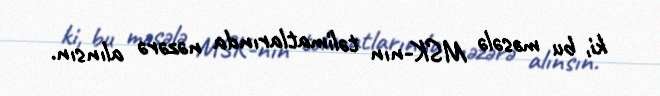
ki, bu məsələ MSK-nın təlimatlarında nəzərə alınsın.